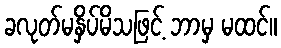
ခလုတ်မနှိပ်မိသဖြင့် ဘာမှ မထင်။